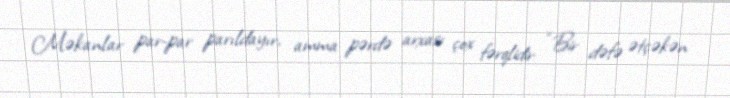
Məkanlar par-par parıldayır, amma pərdə arxası çox fərqlidir: “Bir dəfə ətçəkən